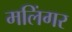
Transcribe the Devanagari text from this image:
मलिंगर